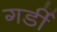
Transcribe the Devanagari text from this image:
गर्डी